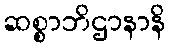
ဆစ္စာဘိဌာနာနိ